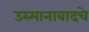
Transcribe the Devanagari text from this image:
उस्मानाबादचे